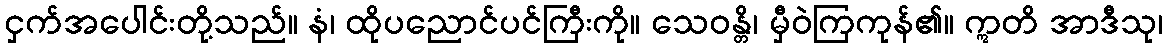
ငှက်အပေါင်းတို့သည်။ နံ၊ ထိုပညောင်ပင်ကြီးကို။ သေဝန္တိ၊ မှီဝဲကြကုန်၏။ ဣတိ အာဒီသု၊